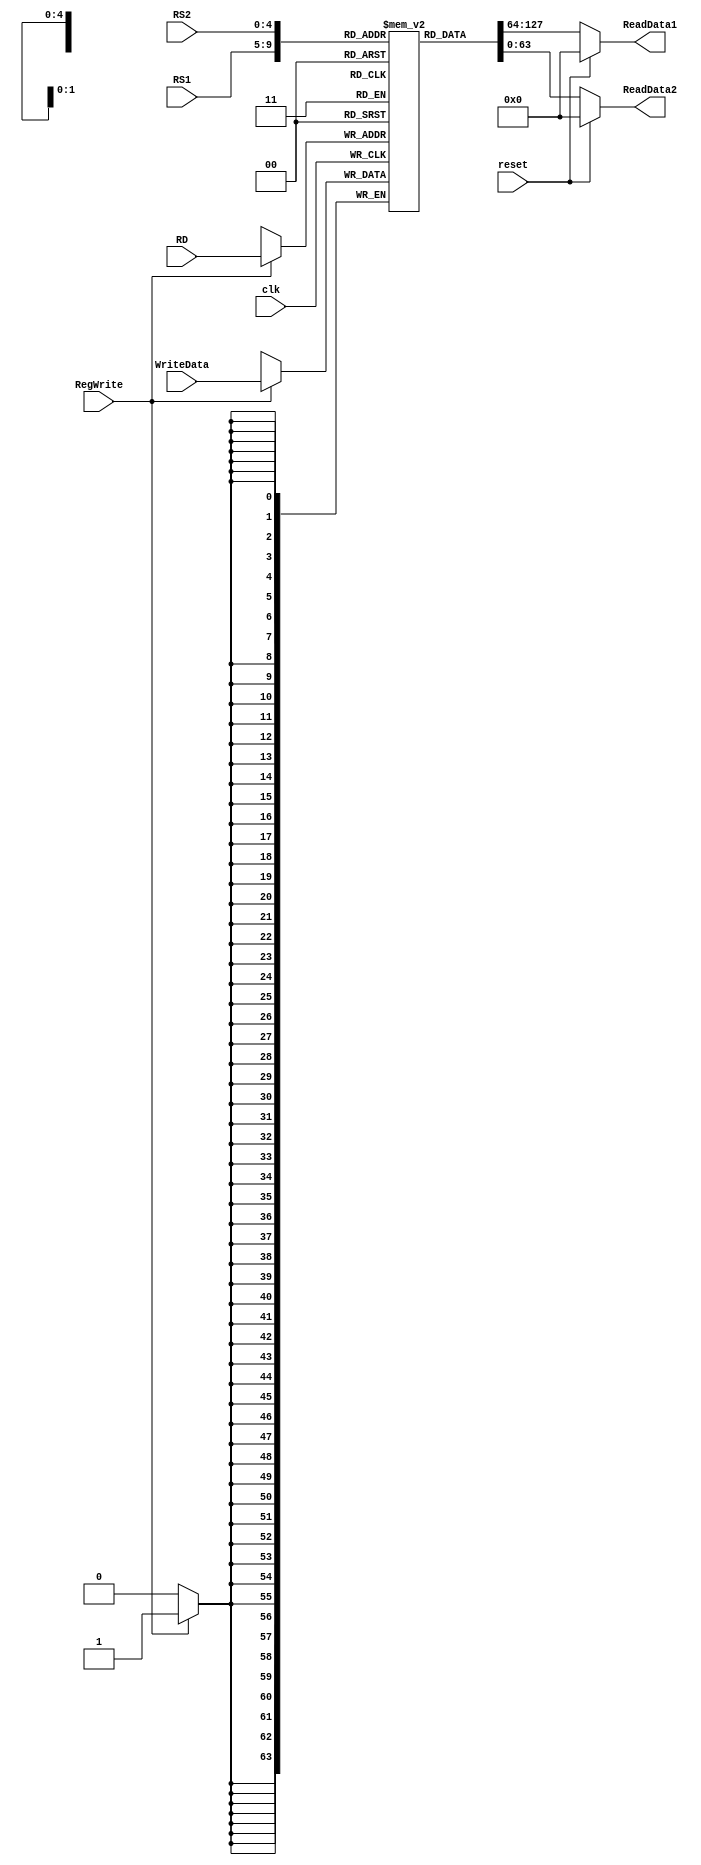
module registerFile_2
(
    input clk, reset, RegWrite,
    input [63:0] WriteData,
    input [4:0] RS1, RS2, RD,
    output reg [63:0] ReadData1, ReadData2    
);

reg [63:0] Registers [31:0];
integer i;

initial
begin
    Registers[0] = 64'd0;
    Registers[1] = 64'd0;
    Registers[2] = 64'd0;
    Registers[3] = 64'd0;
    Registers[4] = 64'd0;
    Registers[5] = 64'd0;
    Registers[6] = 64'd0;
    Registers[7] = 64'd0;
    Registers[8] = 64'd0;
    Registers[9] = 64'd0;
    Registers[10] = 64'd0;
    Registers[11] = 64'd0;
    Registers[12] = 64'd0;
    Registers[13] = 64'd0;
    Registers[14] = 64'd0;
    Registers[15] = 64'd0;
    Registers[16] = 64'd0;
    Registers[17] = 64'd0;
    Registers[18] = 64'd0;
    Registers[19] = 64'd0;
    Registers[20] = 64'd0;
    Registers[21] = 64'd1; //register x21 = 1
    Registers[22] = 64'd0;
    Registers[23] = 64'd0;
    Registers[24] = 64'd0;
    Registers[25] = 64'd0;
    Registers[26] = 64'd0;
    Registers[27] = 64'd0;
    Registers[28] = 64'd0;
    Registers[29] = 64'd0;
    Registers[30] = 64'd0;
    Registers[31] = 64'd0;
    
end


always @(negedge clk ) begin
    
    if (RegWrite) begin
        Registers[RD] = WriteData;
    end
end

always@(*) begin
    ReadData1 = reset ? 0 : Registers[RS1];
    ReadData2 = reset ? 0 : Registers[RS2];
end

endmodule // registerFile